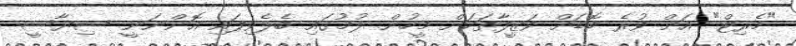
"މެރިޓް" އަށް ވުރެ ބޮޑަށް ވަޒީފާތަކަށް މީހުން ލުމުގައި ބެލެވިފައި އޮންނަނީ ސިޔާސީ